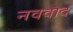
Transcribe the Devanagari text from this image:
नववाद